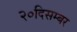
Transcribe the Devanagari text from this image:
२०दिसम्बर